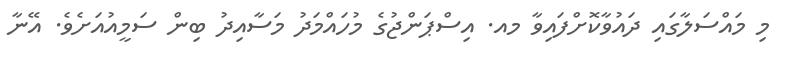
މި މައްސަލާގައި ދައުވާކޮށްފައިވާ މއ. އިސްޕަންޖުގެ މުހައްމަދު މަސާއިދު ބިން ސަމީއުއަށެވެ. އޭނާ